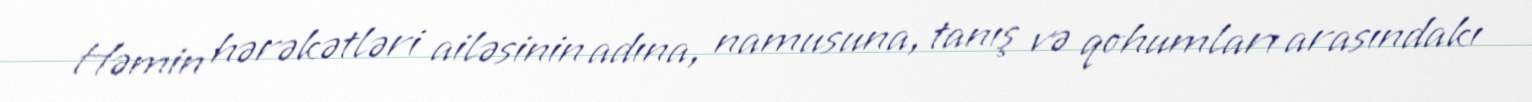
Həmin hərəkətləri ailəsinin adına, namusuna, tanış və qohumları arasındakı